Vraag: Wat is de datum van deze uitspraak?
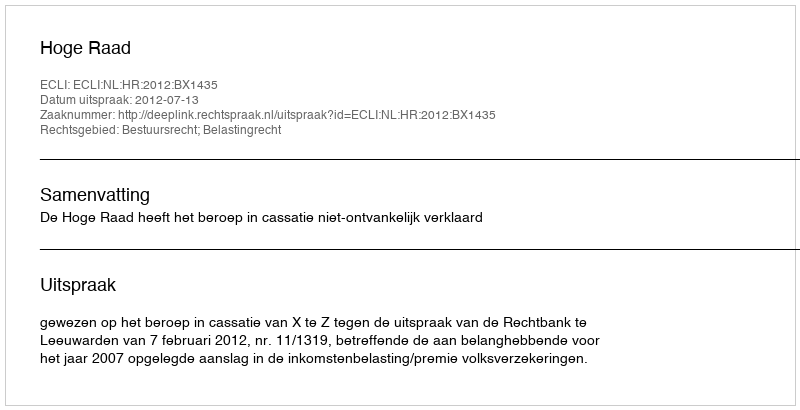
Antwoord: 2012-07-13